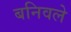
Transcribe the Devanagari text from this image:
बनिवले